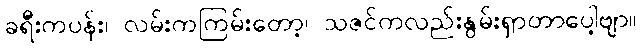
ခရီးကပန်း၊ လမ်းကကြမ်းတော့၊ သဇင်ကလည်းနွမ်းရှာတာပေါ့ဗျာ။